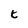
Character: t